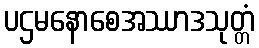
ပဌမနောစေအဿာဒသုတ္တံ